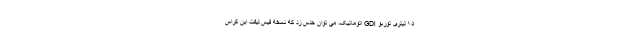
۱۵ لیتری توربو GDi اتوماتیک، می توان حدس زد که نسخه فیس لیفت این کراس